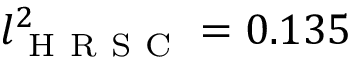
l _ { \mathrm { ~ H ~ R ~ S ~ C ~ } } ^ { 2 } = 0 . 1 3 5